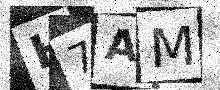
Text: H7AM